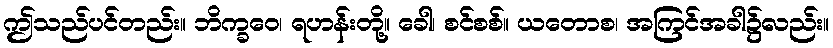
ဤသည်ပင်တည်း။ ဘိက္ခဝေ၊ ရဟန်းတို့။ ခေါ၊ စင်စစ်။ ယတောစ၊ အကြင်အခါ၌လည်း။